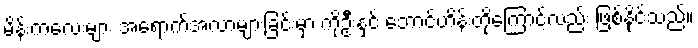
မိန်းကလေးများ အရောက်အလာများခြင်းမှာ ကိုဦးနှင့် ဘောင်ဟိန်းတို့ကြောင့်လည်း ဖြစ်နိုင်သည်။